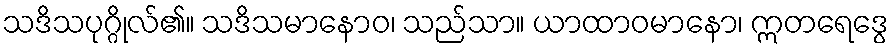
သဒိသပုဂ္ဂိုလ်၏။ သဒိသမာနောဝ၊ သည်သာ။ ယာထာဝမာနော၊ ဣတရေဒွေ